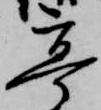
亭